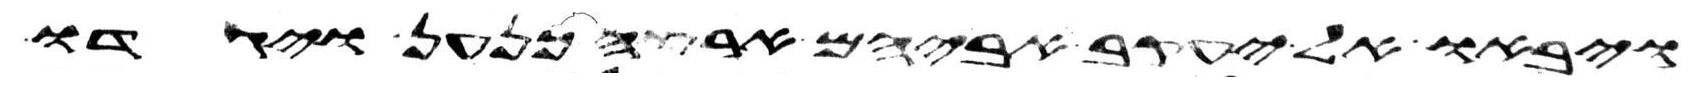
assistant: ויבאו אל יעקב אביהם ארצה כנען ויגדו